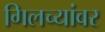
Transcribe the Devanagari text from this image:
गिलच्यांवर